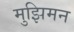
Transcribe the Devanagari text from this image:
मुझिमन